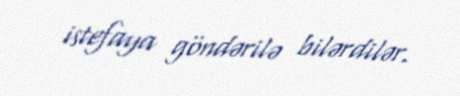
istefaya göndərilə bilərdilər.